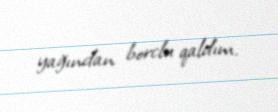
yağından borclu qaldım.